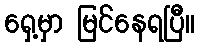
ရှေ့မှာ မြင်နေရပြီ။